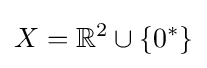
X=\mathbb {R} ^{2}\cup \{0^{*}\}